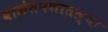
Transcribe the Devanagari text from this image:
बाळंतपणातल्या